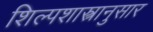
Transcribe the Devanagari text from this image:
शिल्पशास्त्रानुसार